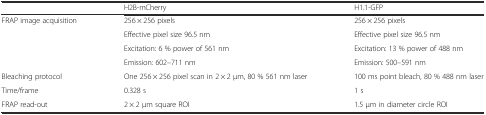
<table><thead><tr><td></td><td><b>H2B-mCherry</b></td><td><b>H1.1-GFP</b></td></tr></thead><tbody><tr><td rowspan="4">FRAP image acquisition</td><td>256 × 256 pixels</td><td>256 × 256 pixels</td></tr><tr><td>Effective pixel size 96.5 nm</td><td>Effective pixel size 96.5 nm</td></tr><tr><td>Excitation: 6 % power of 561 nm</td><td>Excitation: 13 % power of 488 nm</td></tr><tr><td>Emission: 602–711 nm</td><td>Emission: 500–591 nm</td></tr><tr><td>Bleaching protocol</td><td>One 256 × 256 pixel scan in 2 × 2 μm, 80 % 561 nm laser</td><td>100 ms point bleach, 80 % 488 nm laser</td></tr><tr><td>Time/frame</td><td>0.328 s</td><td>1 s</td></tr><tr><td>FRAP read-out</td><td>2 × 2 μm square ROI</td><td>1.5 μm in diameter circle ROI</td></tr></tbody></table>